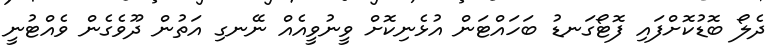
ދެލޯ ބޮޑުކޮށްފައި ފޮޓޯގަނޑު ބަހައްޓަން އުޅެނިކޮށް ވީނުވީއެއް ނޭނގި އަތުން ދޫވެގެން ވެއްޓުނީ